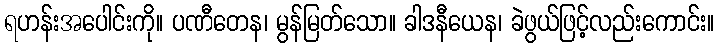
ရဟန်းအပေါင်းကို။ ပဏီတေန၊ မွန်မြတ်သော။ ခါဒနီယေန၊ ခဲဖွယ်ဖြင့်လည်းကောင်း။